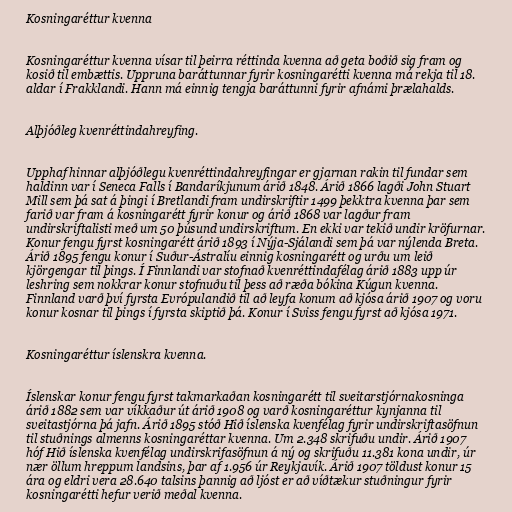
Kosningaréttur kvenna

Kosningaréttur kvenna vísar til þeirra réttinda kvenna að geta boðið sig fram og
kosið til embættis. Uppruna baráttunnar fyrir kosningarétti kvenna má rekja til 18.
aldar í Frakklandi. Hann má einnig tengja baráttunni fyrir afnámi þrælahalds.

Alþjóðleg kvenréttindahreyfing.

Upphaf hinnar alþjóðlegu kvenréttindahreyfingar er gjarnan rakin til fundar sem
haldinn var í Seneca Falls í Bandaríkjunum árið 1848. Árið 1866 lagði John Stuart
Mill sem þá sat á þingi í Bretlandi fram undirskriftir 1499 þekktra kvenna þar sem
farið var fram á kosningarétt fyrir konur og árið 1868 var lagður fram
undirskriftalisti með um 50 þúsund undirskriftum. En ekki var tekið undir kröfurnar.
Konur fengu fyrst kosningarétt árið 1893 í Nýja-Sjálandi sem þá var nýlenda Breta.
Árið 1895 fengu konur í Suður-Ástralíu einnig kosningarétt og urðu um leið
kjörgengar til þings. Í Finnlandi var stofnað kvenréttindafélag árið 1883 upp úr
leshring sem nokkrar konur stofnuðu til þess að ræða bókina Kúgun kvenna.
Finnland varð því fyrsta Evrópulandið til að leyfa konum að kjósa árið 1907 og voru
konur kosnar til þings í fyrsta skiptið þá. Konur í Sviss fengu fyrst að kjósa 1971.

Kosningaréttur íslenskra kvenna.

Íslenskar konur fengu fyrst takmarkaðan kosningarétt til sveitarstjórnakosninga
árið 1882 sem var víkkaður út árið 1908 og varð kosningaréttur kynjanna til
sveitastjórna þá jafn. Árið 1895 stóð Hið íslenska kvenfélag fyrir undirskriftasöfnun
til stuðnings almenns kosningaréttar kvenna. Um 2.348 skrifuðu undir. Árið 1907
hóf Hið íslenska kvenfélag undirskrifasöfnun á ný og skrifuðu 11.381 kona undir, úr
nær öllum hreppum landsins, þar af 1.956 úr Reykjavík. Árið 1907 töldust konur 15
ára og eldri vera 28.640 talsins þannig að ljóst er að víðtækur stuðningur fyrir
kosningarétti hefur verið meðal kvenna.